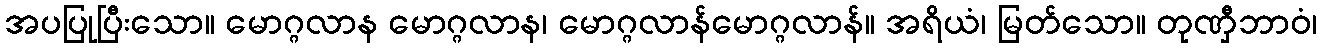
အပပြုပြီးသော။ မောဂ္ဂလာန မောဂ္ဂလာန၊ မောဂ္ဂလာန်မောဂ္ဂလာန်။ အရိယံ၊ မြတ်သော။ တုဏှီဘာဝံ၊